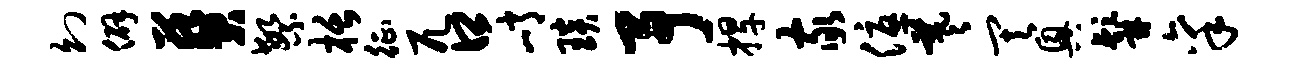
幻僻葵繁栝征兀口峭琰予捍家优羲其兴髯禀